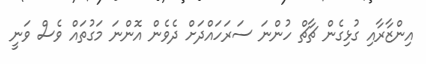
އިންޒާރާއި ގުޅިގެން ޗާޗް ހުންނަ ސަރަހައްދަށް ދެވެން އޮންނަ މަގުތައް ވެސް ވަނީ